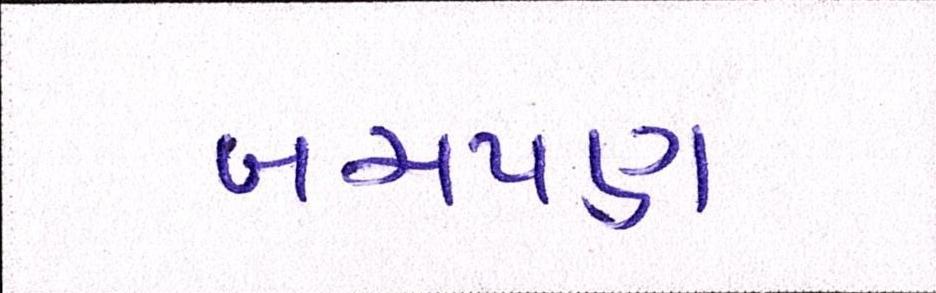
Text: બચપણ